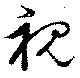
視